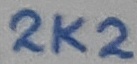
Text: 2K2